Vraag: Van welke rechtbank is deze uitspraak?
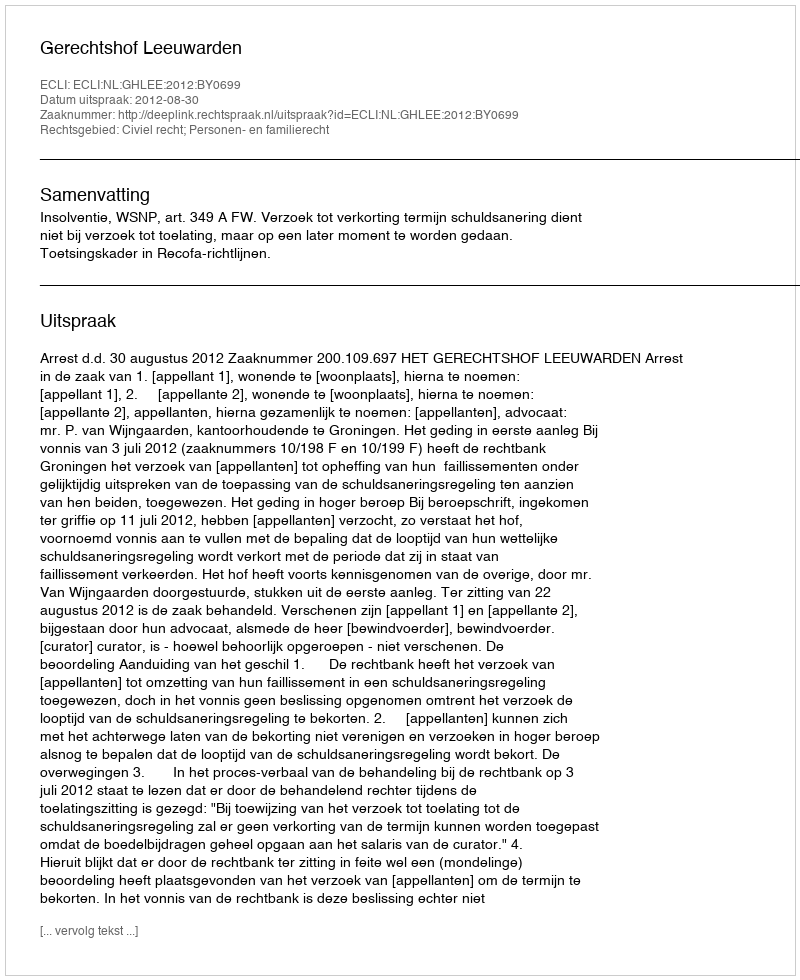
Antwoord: Gerechtshof Leeuwarden